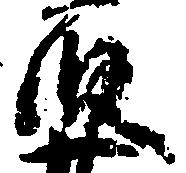
段